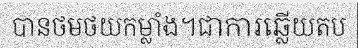
បានថមថយកម្លាំង។ជាការឆ្លើយតប